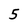
Character: 5